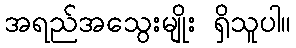
အရည်အသွေးမျိုး ရှိသူပါ။